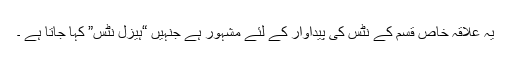
یہ علاقہ خاص قسم کے نٹس کی پیداوار کے لئے مشہور ہے جنہیں “ہیزل نٹس” کہا جاتا ہے ۔